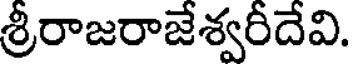
శ్రీరాజరాజేశ్వరీదేవి.